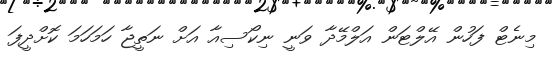
މިނެޓް ފަހުން އޭލްޓަން އަލްމޭދާ ވަނީ ނިކޯސިއާ އަށް ނަތީޖާ ހަމަހަމަ ކޮށްދީފަ